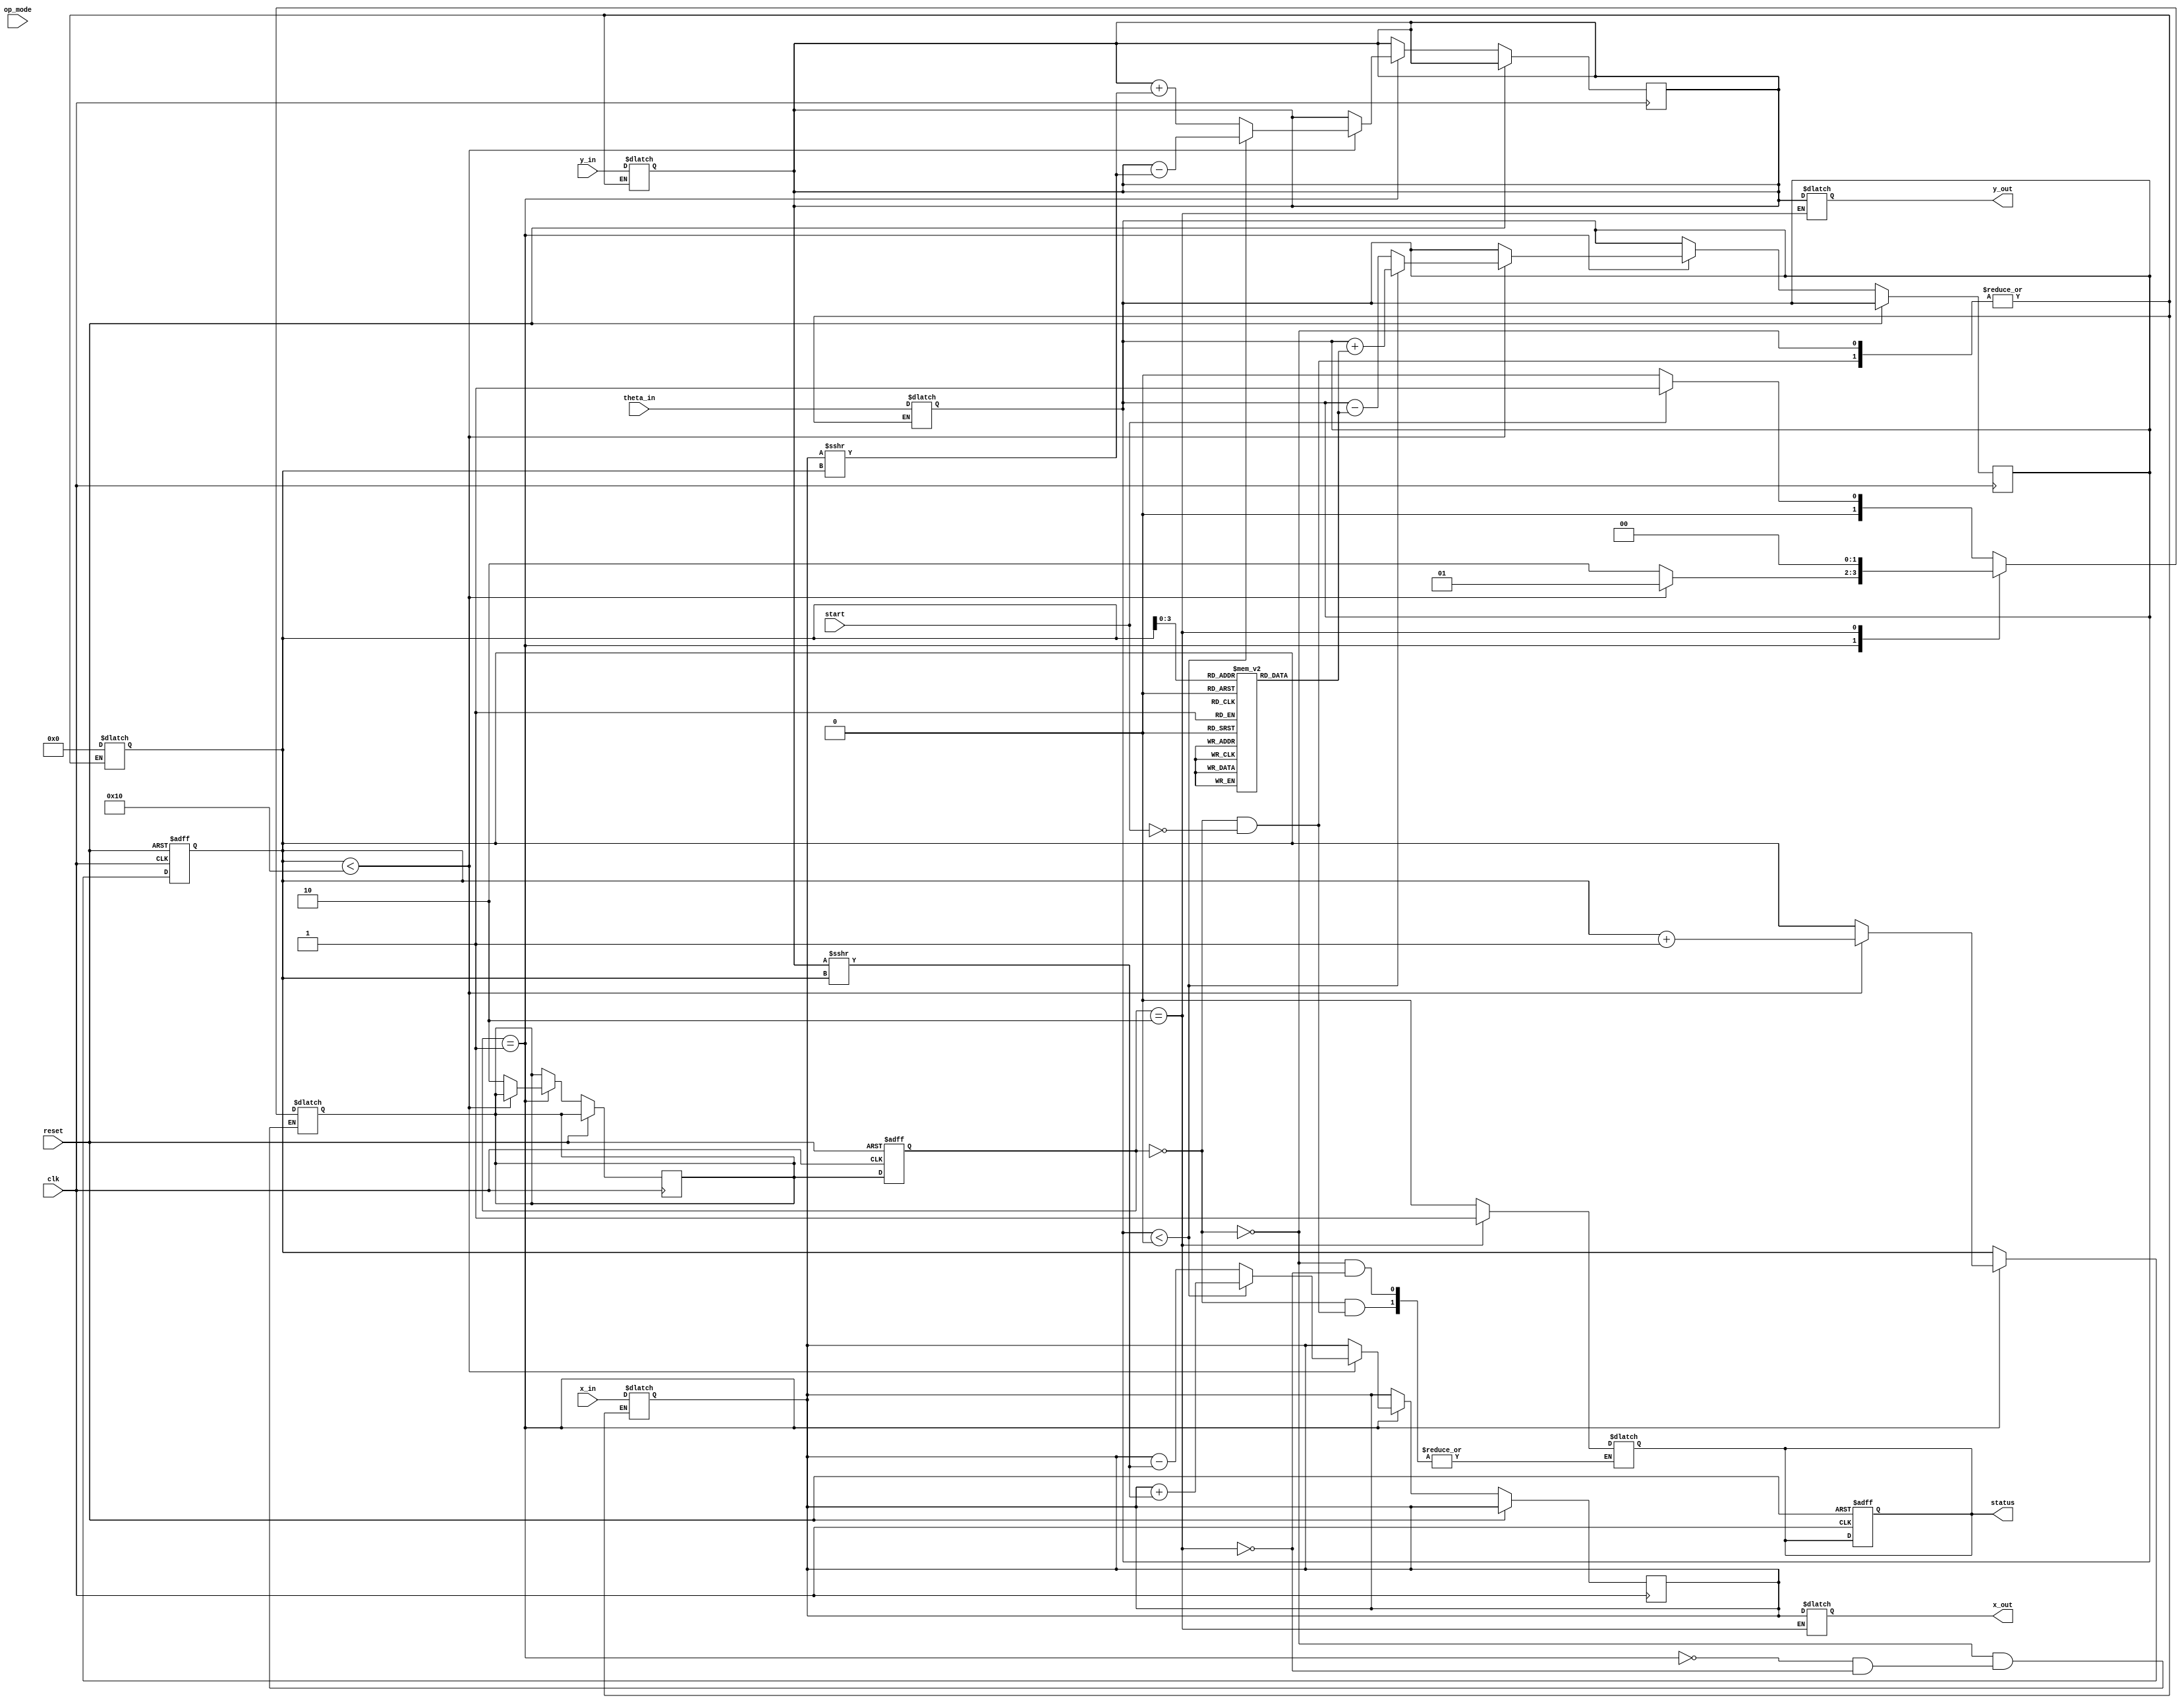
module cordic_floating_point (
    input wire clk,
    input wire reset,
    input wire [31:0] x_in,        // IEEE 754 single-precision floating-point input for x
    input wire [31:0] y_in,        // IEEE 754 single-precision floating-point input for y
    input wire [31:0] theta_in,    // IEEE 754 single-precision floating-point input for theta
    input wire [1:0] op_mode,      // Operation mode: 00=rotation, 01=vectoring
    input wire start,               // Start signal for operation
    output reg [31:0] x_out,       // Output x-coordinate
    output reg [31:0] y_out,       // Output y-coordinate
    output reg status               // Operation status: 0=busy, 1=done
);

    // CORDIC parameters
    parameter NUM_ITERATIONS = 16; // Number of iterations
    reg [31:0] angle_table [0:NUM_ITERATIONS-1]; // Predefined angle table
    reg [31:0] x, y, theta;
    reg [4:0] iter_count;
    reg [1:0] current_state, next_state;

    // State encoding
    parameter IDLE = 2'b00, COMPUTE = 2'b01, DONE = 2'b10;

    // Initialize angle table (in radians, scaled to fit the floating-point representation)
    initial begin
        angle_table[0] = 32'h00000000; // 0.0
        angle_table[1] = 32'h3F490FDB; // atan(2^-1)
        angle_table[2] = 32'h3F22D1A9; // atan(2^-2)
        angle_table[3] = 32'h3F0C9F6A; // atan(2^-3)
        // Continue filling out the angle table for desired iterations...
        // ...
    end

    // State machine for CORDIC operation
    always @(posedge clk or posedge reset) begin
        if (reset) begin
            current_state <= IDLE;
            status <= 0;
            iter_count <= 0;
        end else begin
            current_state <= next_state;
            if (current_state == COMPUTE) begin
                if (iter_count < NUM_ITERATIONS) begin
                    // Perform CORDIC iteration
                    if (theta < 0) begin
                        x <= x + (y >>> iter_count);
                        y <= y - (x >>> iter_count);
                        theta <= theta + angle_table[iter_count];
                    end else begin
                        x <= x - (y >>> iter_count);
                        y <= y + (x >>> iter_count);
                        theta <= theta - angle_table[iter_count];
                    end
                    iter_count <= iter_count + 1;
                end else begin
                    next_state <= DONE;
                end
            end
        end
    end

    // State transition logic
    always @* begin
        case (current_state)
            IDLE: begin
                if (start) begin
                    x <= x_in;
                    y <= y_in;
                    theta <= theta_in;
                    iter_count <= 0;
                    next_state = COMPUTE;
                    status = 0; // Busy
                end else begin
                    next_state = IDLE;
                end
            end
            COMPUTE: begin
                next_state = (iter_count < NUM_ITERATIONS) ? COMPUTE : DONE;
            end
            DONE: begin
                x_out = x;
                y_out = y;
                status = 1; // Done
                next_state = IDLE;
            end
        endcase
    end

endmodule